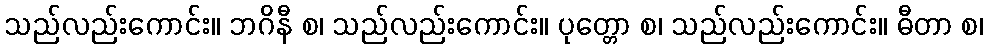
သည်လည်းကောင်း။ ဘဂိနီ စ၊ သည်လည်းကောင်း။ ပုတ္တော စ၊ သည်လည်းကောင်း။ ဓီတာ စ၊